Document type: Sale
Year: 1461
Scribe: [Unknown]
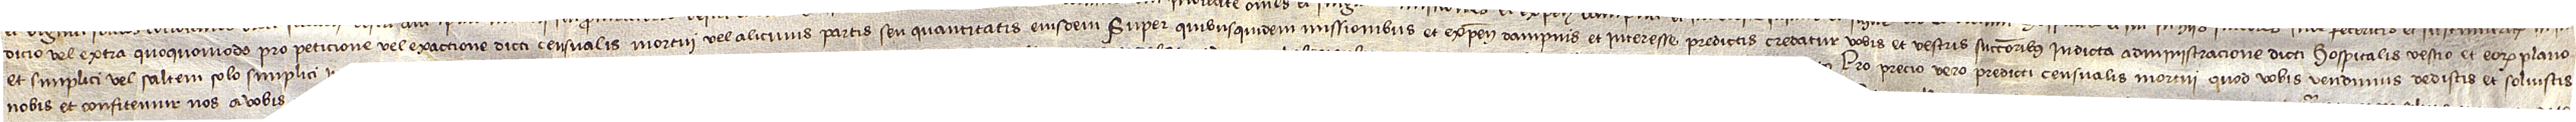
dicio vel extra, quoquomodo pro peticione vel exactione dicti censualis mortui vel alicuius partis seu quantitatis eiusdem. Super quibusquidem missionibus et expensis, dampnis et interesse predictis credatur vobis et vestris successoribus in dicta administracione dicti hospitalis vestro et eorum plano